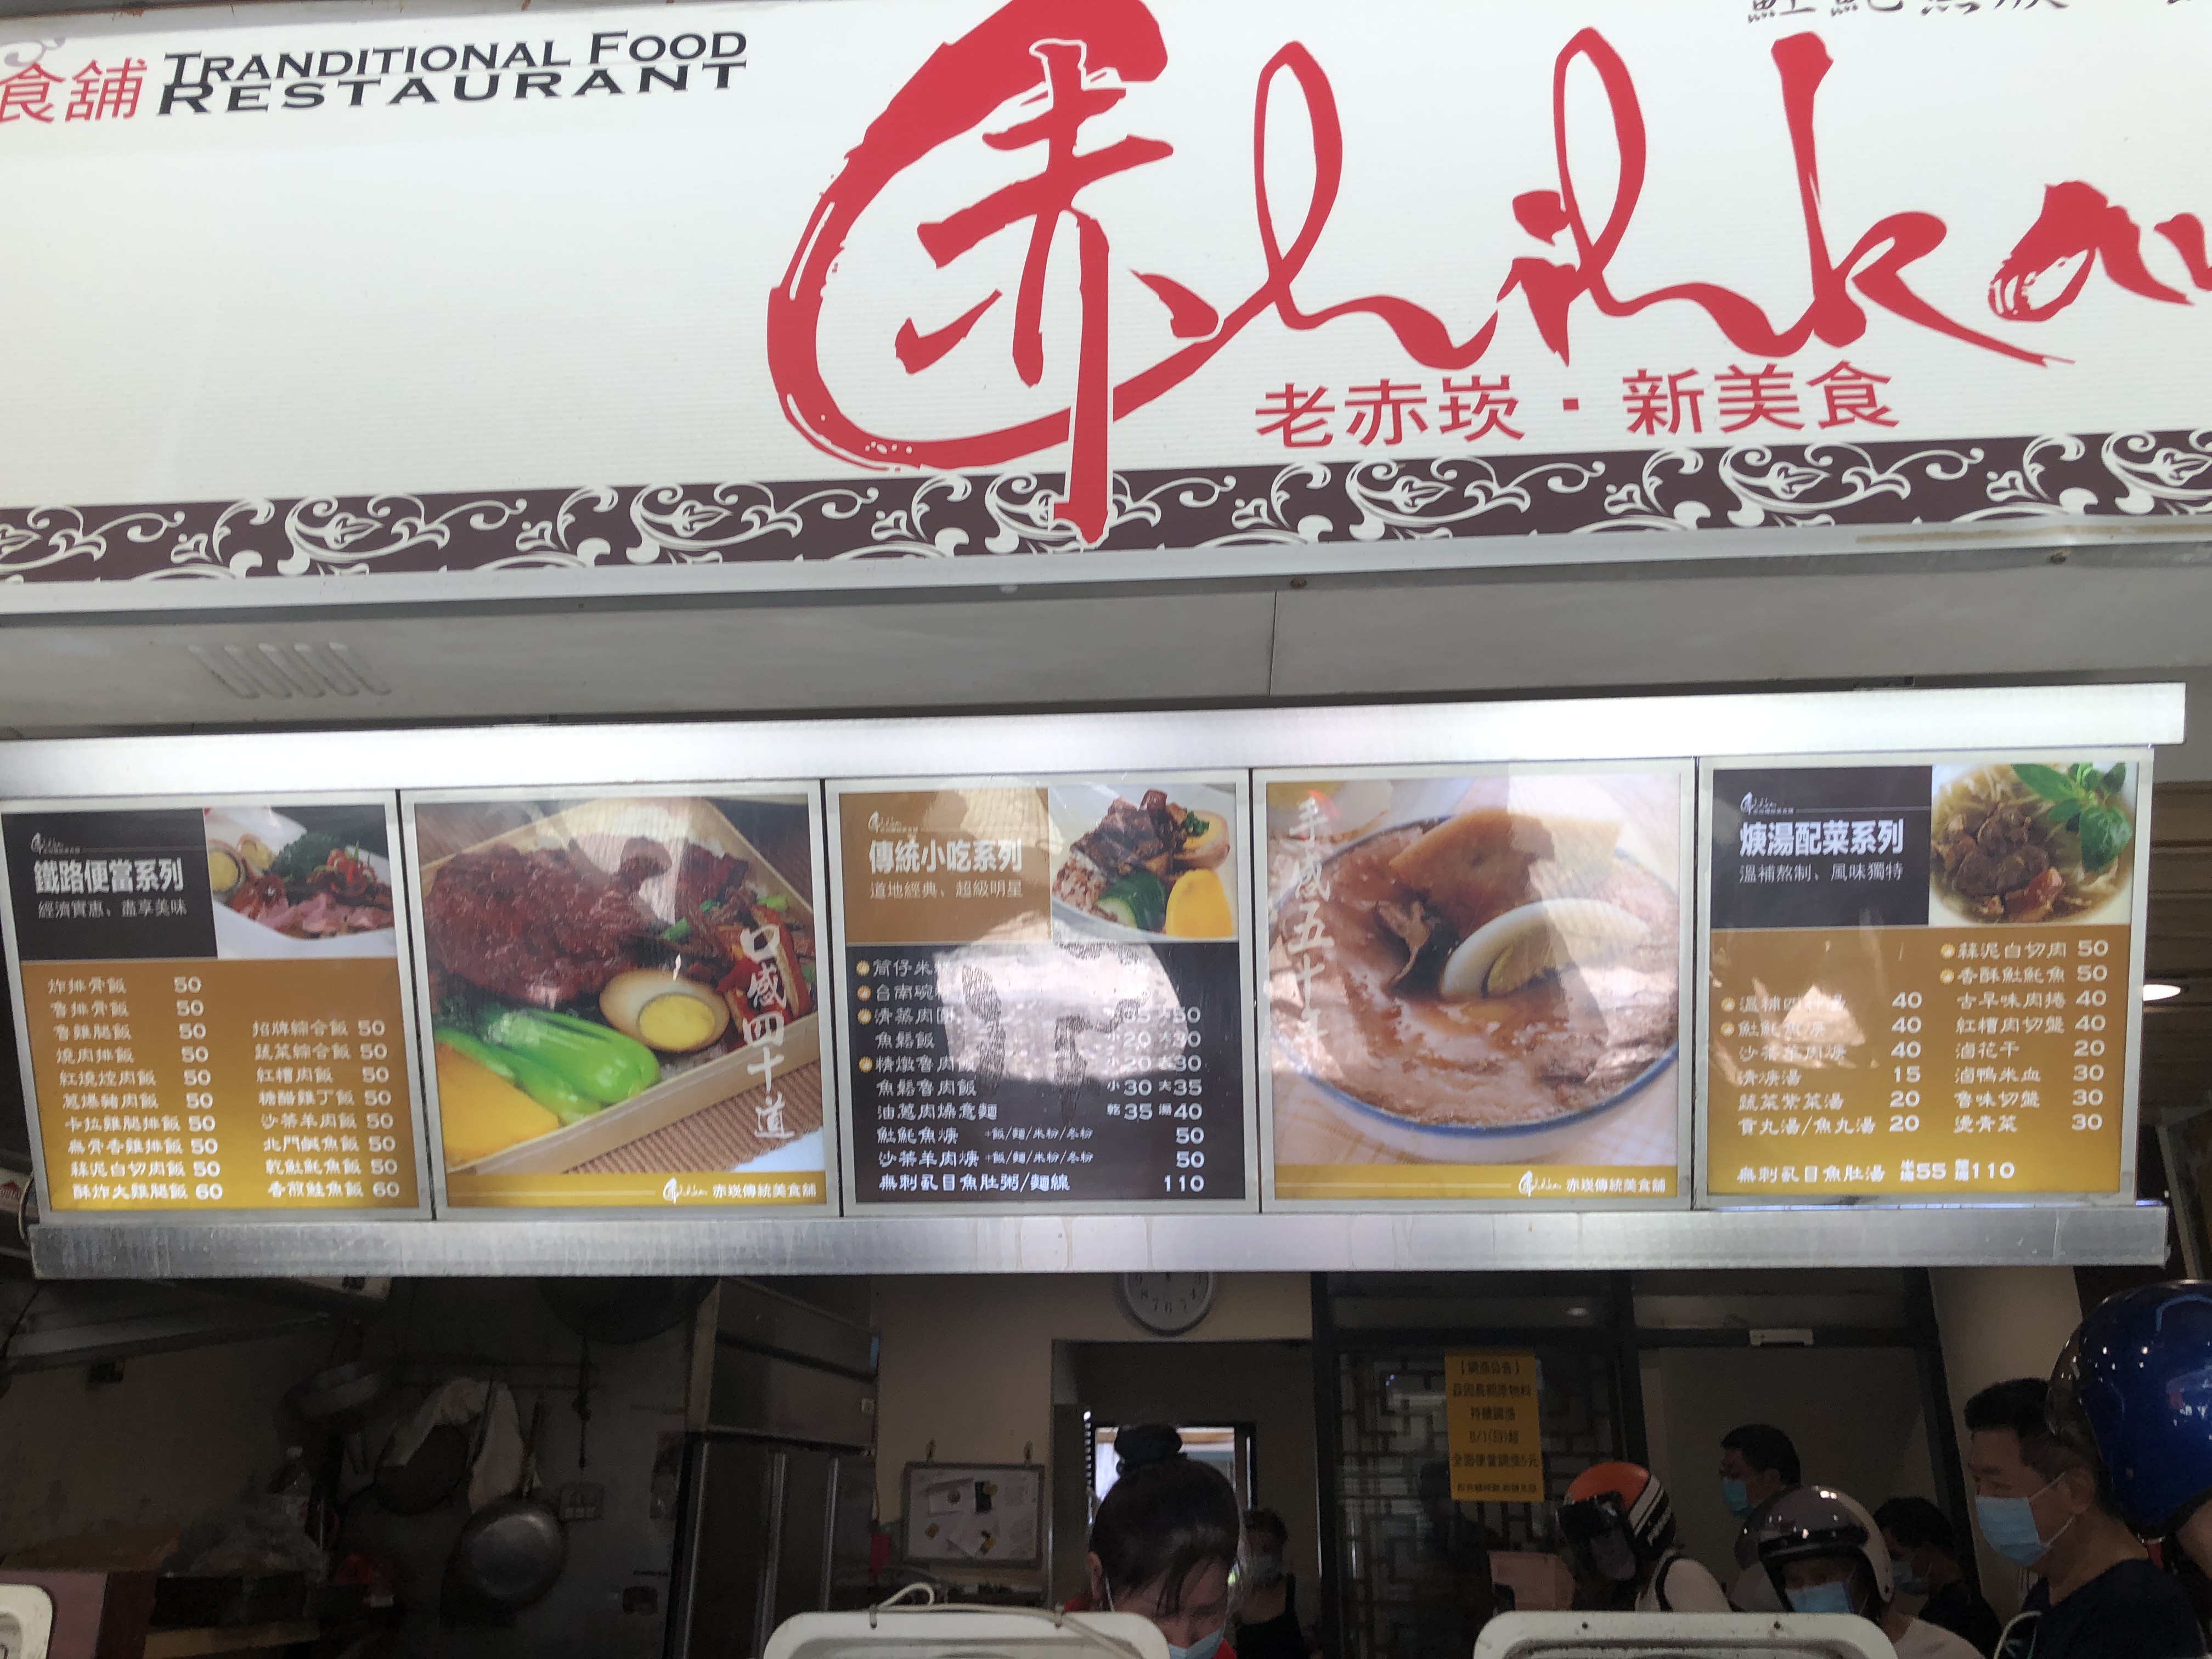
餐廳：Chihkan Traditional Food Restaurant
菜單：
name: 炸排骨飯
price: 50
name: 魯排骨飯
price: 50
name: 魯雞腿飯
price: 50
name: 烤肉排飯
price: 50
name: 紅燒肉飯
price: 50
name: 蹄膀腿飯
price: 50
name: 招牌綜合飯
price: 50
name: 蒜菜綜合飯
price: 50
name: 紅槽肉飯
price: 50
name: 糖醋雞丁飯
price: 50
name: 卡啦雞腿排飯
price: 50
name: 蒜香雞排飯
price: 50
name: 酥脆切肉飯
price: 50
name: 酥炸大雞腿飯
price: 60
name: 沙茶豬肉飯
price: 50
name: 北門鹹魚飯
price: 50
name: 乾煎鹹魚飯
price: 50
name: 香酥鮭魚飯
price: 60
name: 筒仔米糕
price: 30/35
name: 台南碗糕
price: 35/40
name: 清蒸肉圓
price: 30/35
name: 魚羹飯
price: 30/35
name: 精燉魯肉飯
price: 20
name: 魚鬆魯肉飯
price: 30
name: 香菇肉羹
price: 50
name: 魚羹湯
price: 50
name: 綜合羹
price: 50
name: 肉燥麵/米粉/冬粉
price: 50
name: 滷豬肉燥麵/米粉/冬粉
price: 50
name: 魯麵
price: 50
name: 沙茶羊肉麵/米粉/冬粉
price: 50
name: 無刺虱目魚肚粥/麵線
price: 110
name: 蒜泥白切肉
price: 50
name: 香酥虱目魚
price: 50
name: 古早味肉捲
price: 40
name: 紅糟肉切塊
price: 40
name: 滷花干
price: 20
name: 滷鴨米血
price: 30
name: 滷味切盤
price: 30
name: 涼拌小黃瓜
price: 30
name: 涼拌苦瓜
price: 30
name: 涼拌海帶絲
price: 30
name: 涼拌干絲
price: 30
name: 筍乾
price: 30
name: 魯白菜
price: 30
name: 燙青菜
price: 30
name: 溫補四神湯
price: 40
name: 鮮菇雞湯
price: 40
name: 沙茶羊肉湯
price: 40
name: 排骨湯
price: 15
name: 藥茶紫菜湯
price: 20
name: 貢丸湯/魚丸湯
price: 20
name: 燙青菜
price: 30
name: 無刺虱目魚肚湯
price: 55/110